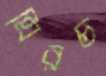
ঘিরচ